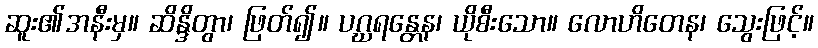
ဆူး၏အနီးမှ။ ဆိန္ဒိတွာ၊ ဖြတ်၍။ ပဂ္ဃရန္တေန၊ ယိုစီးသော။ လောဟိတေန၊ သွေးဖြင့်။